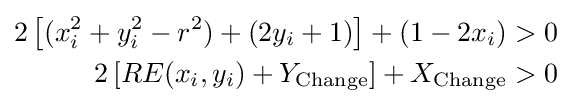
{\begin{aligned}2\left[(x_{i}^{2}+y_{i}^{2}-r^{2})+(2y_{i}+1)\right]+(1-2x_{i})&>0\\2\left[RE(x_{i},y_{i})+Y_{\text{Change}}\right]+X_{\text{Change}}&>0\\\end{aligned}}